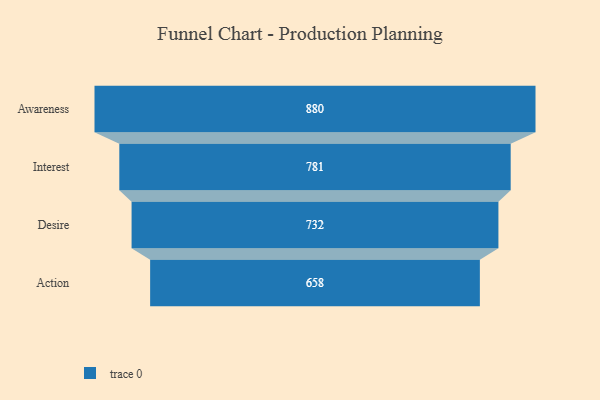
{"axis": {"x": "Stage", "y": "Value"}, "legend": [""], "data": [{"x": "Awareness", "y": 880.0, "type": ""}, {"x": "Interest", "y": 781.0, "type": ""}, {"x": "Desire", "y": 732.0, "type": ""}, {"x": "Action", "y": 658.0, "type": ""}]}